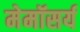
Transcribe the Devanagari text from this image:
मेमॉसर्य